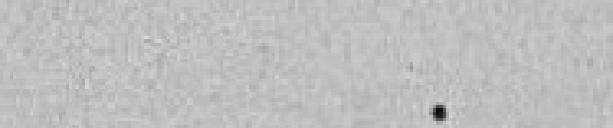
.